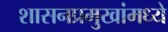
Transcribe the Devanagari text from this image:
शासनप्रमुखांमध्ये